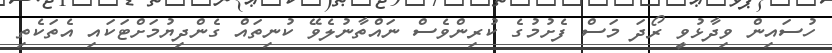
ހުސައިން ވިދާޅުވީ ރޯދަ މަސް ފެށުމުގެ ކުރިންވެސް ނައްތާނުލެވޭ ކުނިތައް ގެންދިޔުމަށްޓަކައި އެތަކެތި